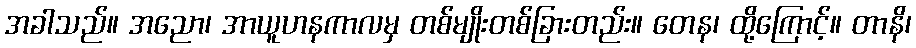
အခါသည်။ အညော၊ အာယူဟနကာလမှ တစ်မျိုးတစ်ခြားတည်း။ တေန၊ ထို့ကြောင့်။ တာနိ၊